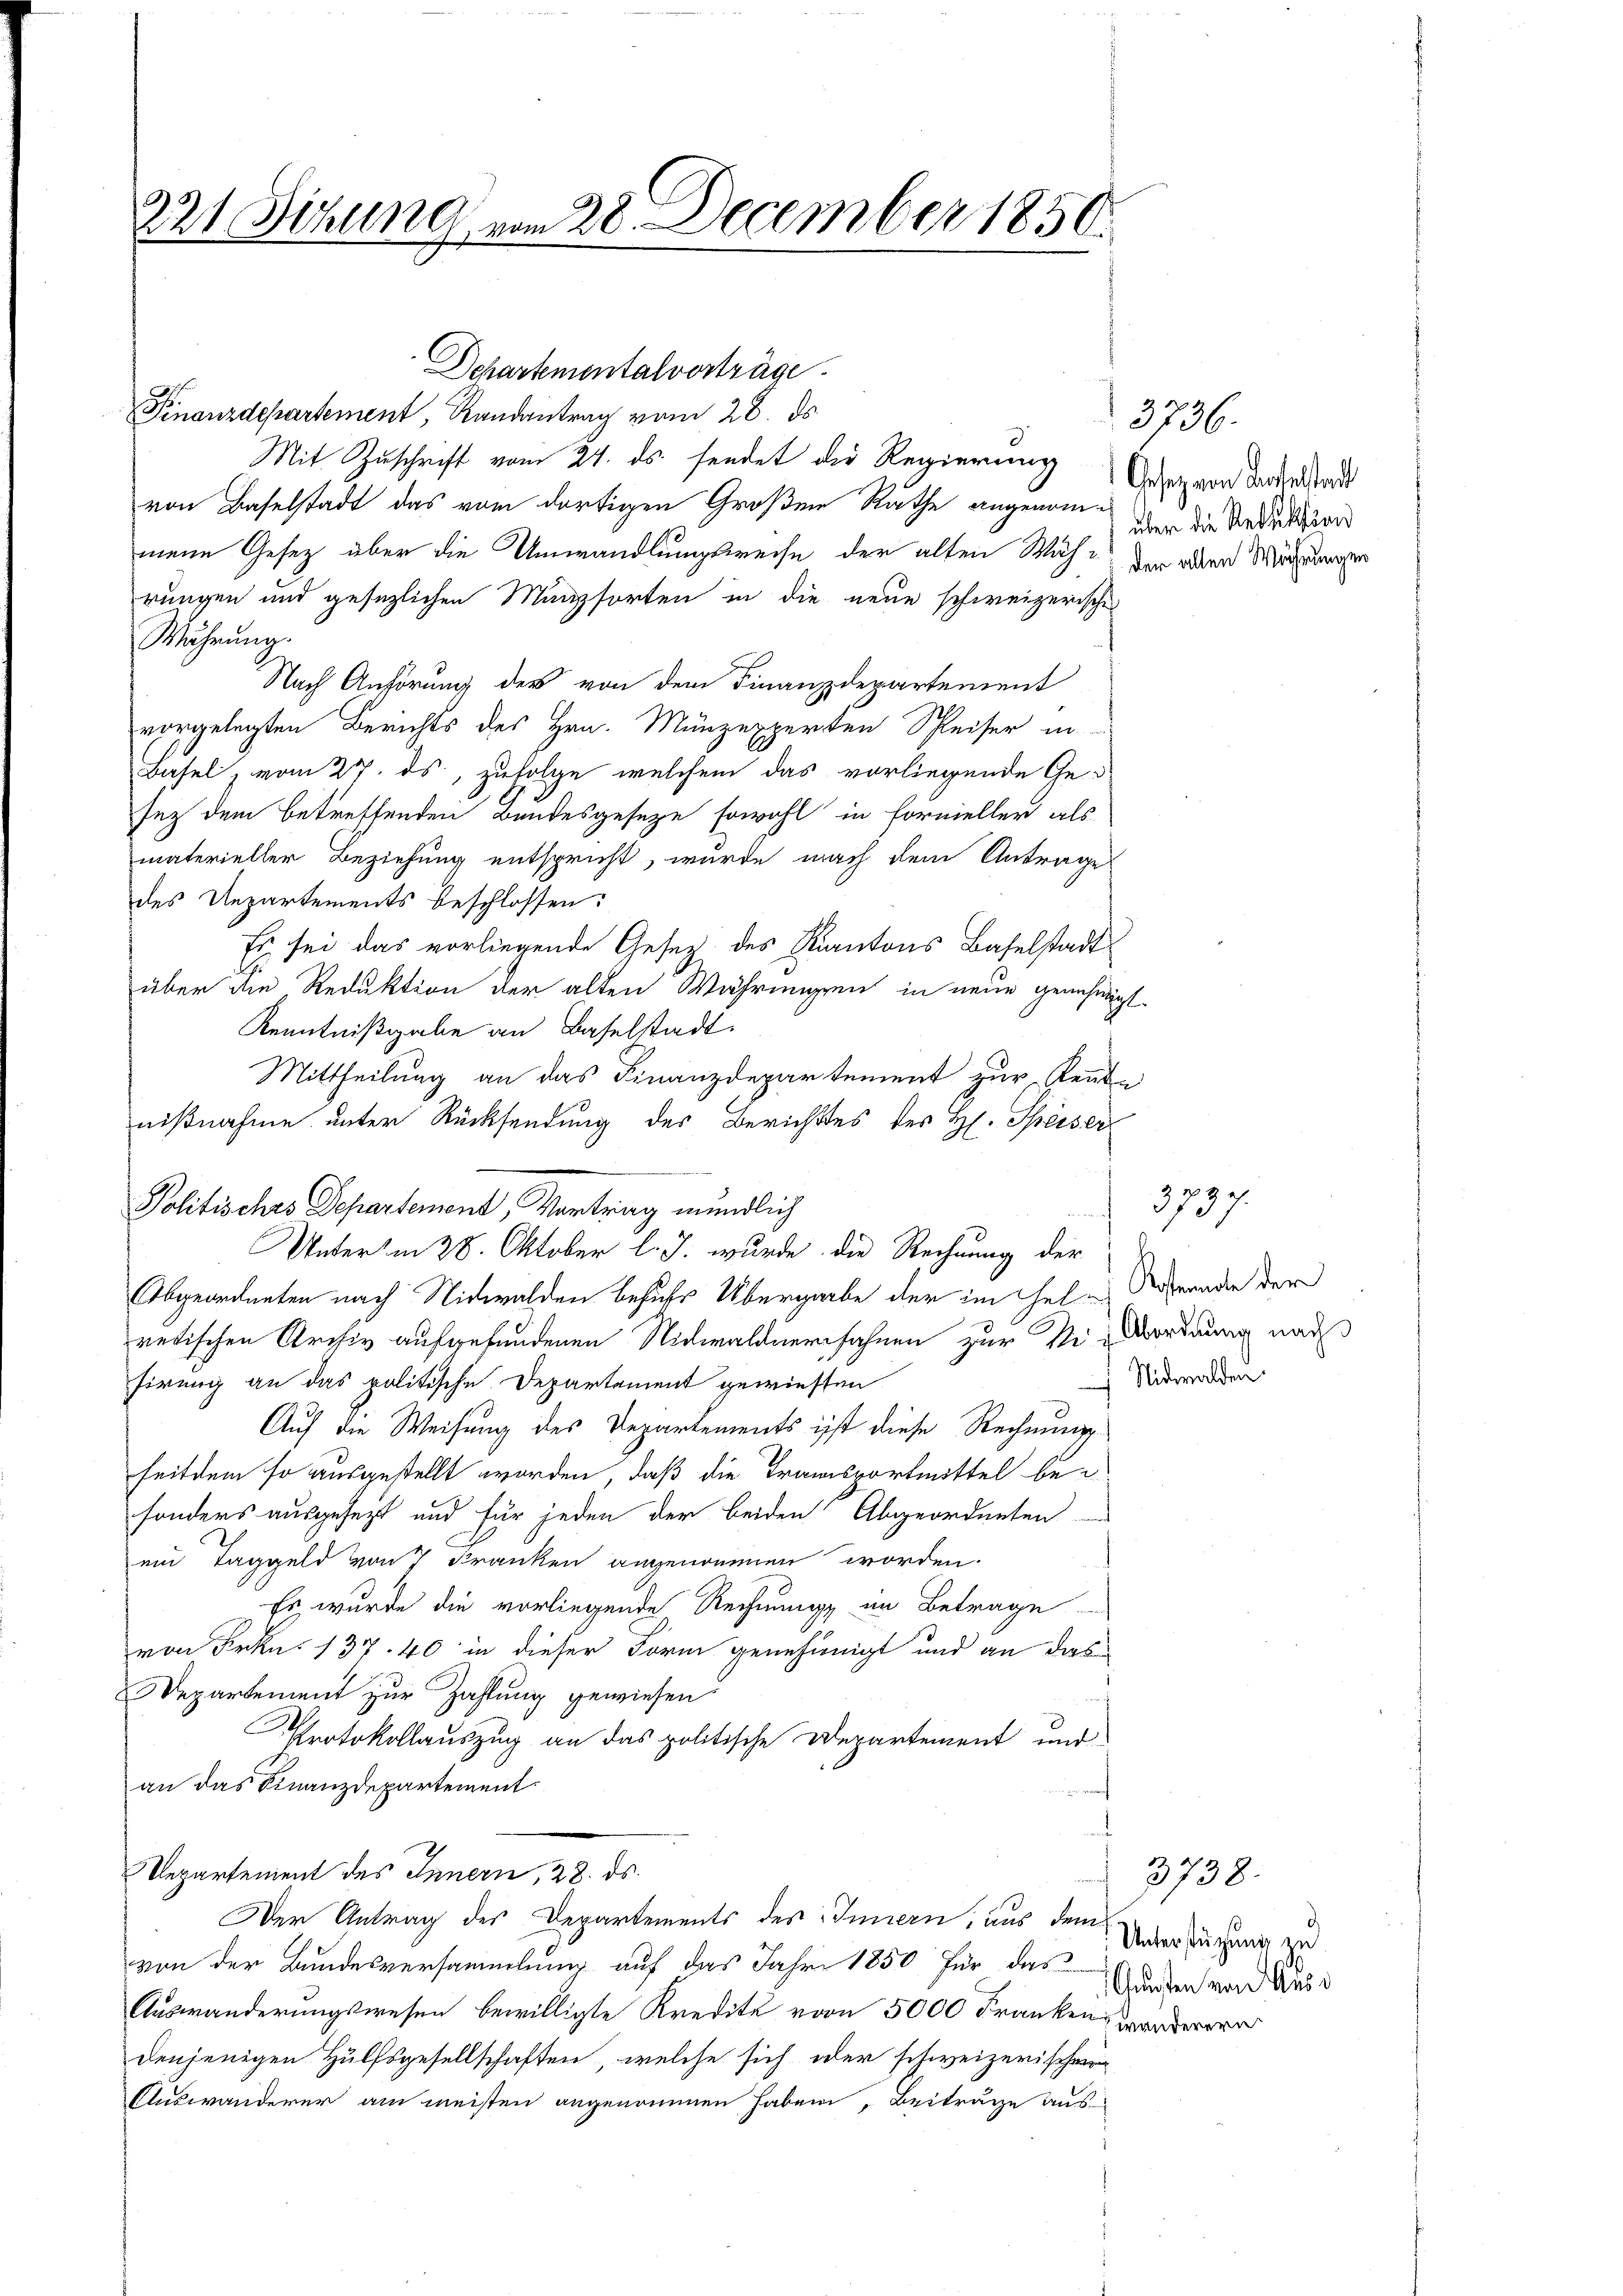
221 Sitzung vom 28. December 1850.

Finanzdepartement, Randantrag vom 28. ds.
Mit Zuschrift vom 24. ds. sendet die Regierung
von Baselstadt das vom dortigen Großen Räthe angenommene Gesetz über die Umwandlungsweise der alten Wäh-
rungen und gesezlichen Münzsorten in die neue schweizerisches
Währung.
Nach Anhörung der von dem Finanzdepartement
vorgelegten Berichts des Hrn. Münzexperten Schleiser in
Basel & vom 27. ds, zufolge welchem das vorliegende Gesez dem Betreffenden Bandesgesetze sowohl in Formeller als
materieller Beziehung entspricht, wurde nach dem Antrage
des Uepartements beschlossen:
Es sei das vorliegende Gesetz des Kantons Baselstadt
über die Reduktion der alten Währungen in neue genehmigt.
Kenntnißgabe an Baselstadt.
Mittheilung an das Finanzdepartement zur Rente
nißnahme unter Rücksendung des Berichtes des H. Speiser
Politisches Departement, Vortrag mündlich
Unterm 28. Oktober l. J. wurde die Rechnung der
Abgeordneten nach Nidwalden besuche Übergabe der im Gelretischen Archiv aufgefundenen Nidwaldnerfahnen zur Verordnung nach
sirung an das politische Departement gewiesen
Auf die Weisung des Departements ist diese Rechnung
seitdem so ausgestellt worden, daß die Transportmittel besonders ausgesezt und für jeden der beiden Abgeordneten
ein Taggeld von 7 Kranken angenommen worden.
Es wurde die vorliegende Rechnung im Betrage
von Frkn. 137. 40 in dieser Form genehmigt und an das
Departement zur Zahlung gewiesen
Protokollauszug an das politische Departement und
an das Finanzdepartement.
Vepartement des Innern, 28. ds.
Der Antrag des Departements des Innern, aus dem
von der Bundesversammlung auf das Jahr 1850 für das
Auswanderungswesen bewilligte Kredite von 5000 Frankenswanderern
denjenigen Hülfsgesellschaften, welche sich oder schweizerischen
Auswanderer am meisten angenommen haben, Beiträge aus¬

Dchartemental vorträge.

3736.
Gesetz von Kartelstadt
über die Redaktion
der allen Wuhrungen

Restennote der
 Nidwalden.

3737.

3738.
Unterstützung zu
Gunsten von Ausd